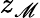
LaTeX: z_{\mathscr{M}}